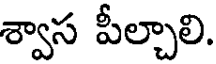
శ్వాస పీల్చాలి.